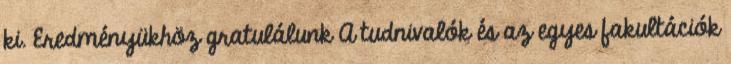
ki. Eredményükhöz gratulálunk A tudnivalók és az egyes fakultációk